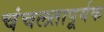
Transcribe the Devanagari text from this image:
चंचलतापूर्वक